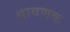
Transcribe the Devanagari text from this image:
श्रावणक